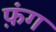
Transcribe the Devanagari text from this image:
फ़ंग